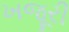
ખજૂરી